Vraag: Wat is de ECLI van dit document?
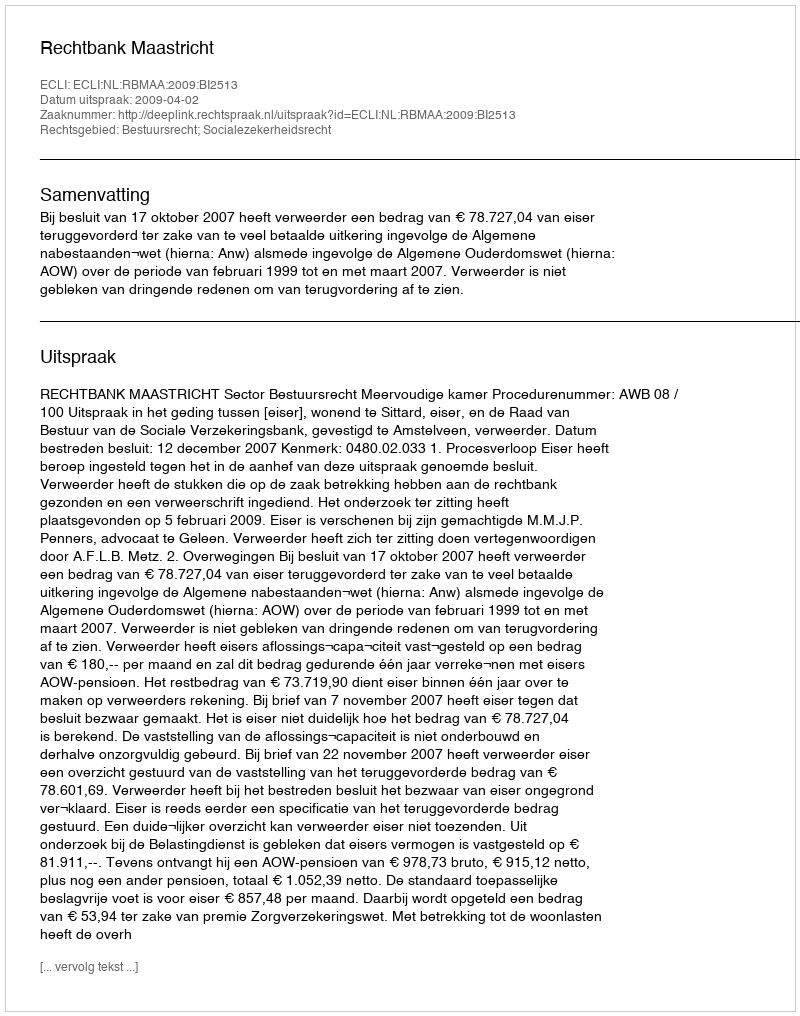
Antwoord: ECLI:NL:RBMAA:2009:BI2513